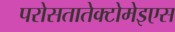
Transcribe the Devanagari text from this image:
परोसतातेक्टोमेइएस